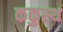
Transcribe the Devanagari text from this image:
ककुस्थ